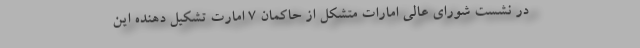
در نشست شورای عالی امارات متشکل از حاکمان 7 امارت تشکیل دهنده این